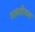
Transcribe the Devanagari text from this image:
गलतीवश